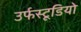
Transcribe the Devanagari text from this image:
उर्फस्टूडियो